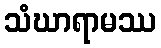
သံဃာရာမဿ